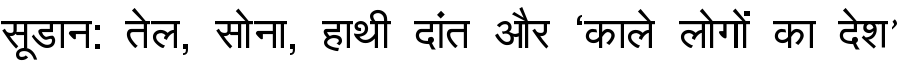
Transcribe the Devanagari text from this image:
सूडान: तेल, सोना, हाथी दांत और ‘काले लोगों का देश’